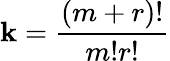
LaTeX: \mathbf{k}=\frac{{\left(m+r\right)!}}{{m!r!}}